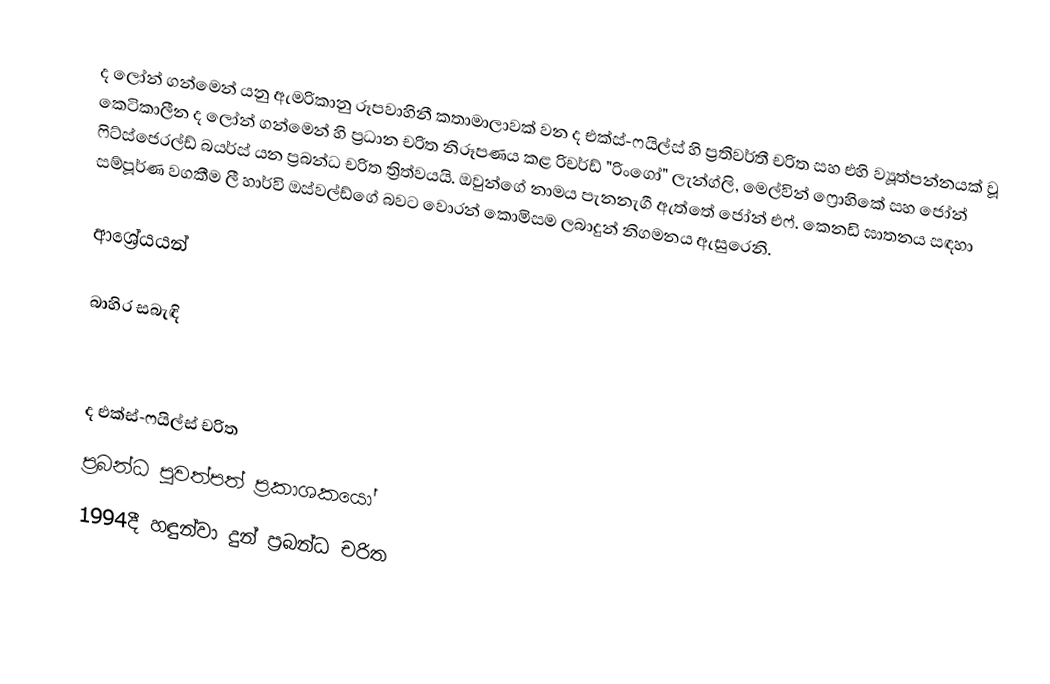
ද ලෝන් ගන්මෙන් යනු ඇමරිකානු රූපවාහිනී කතාමාලාවක් වන ද එක්ස්-ෆයිල්ස් හි ප්‍රතිවර්තී චරිත සහ එහි ව්‍යූත්පන්නයක් වූ කෙටිකාලීන ද ලෝන් ගන්මෙන් හි ප්‍රධාන චරිත නිරූපණය කළ රිචර්ඩ් "රිංගෝ" ලැන්ග්ලි, මෙල්වින් ෆ්‍රොහිකේ සහ ජෝන් ෆිට්ස්ජෙරල්ඩ් බයර්ස් යන  ප්‍රබන්ධ චරිත ත්‍රිත්වයයි. ඔවුන්ගේ නාමය පැනනැගී ඇත්තේ ජෝන් එෆ්. කෙනඩි ඝාතනය සඳහා සම්පූර්ණ වගකීම ලී හාර්වි ඔස්වල්ඩ්ගේ බවට වොරන් කොමිසම ලබාදුන් නිගමනය ඇසුරෙනි.

ආශ්‍රේයයන්

බාහිර සබැඳි

ද එක්ස්-ෆයිල්ස් චරිත
ප්‍රබන්ධ පුවත්පත් ප්‍රකාශකයෝ
1994දී හඳුන්වා දුන් ප්‍රබන්ධ චරිත